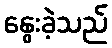
နွေးခဲ့သည်